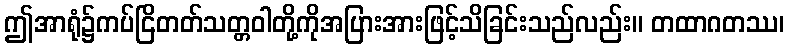
ဤအာရုံ၌ကပ်ငြိတတ်သတ္တဝါတို့ကိုအပြားအားဖြင့်သိခြင်းသည်လည်း။ တထာဂတဿ၊